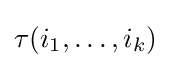
\tau (i_{1},\dots ,i_{k})